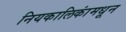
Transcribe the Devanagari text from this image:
नियकालिकांमधून